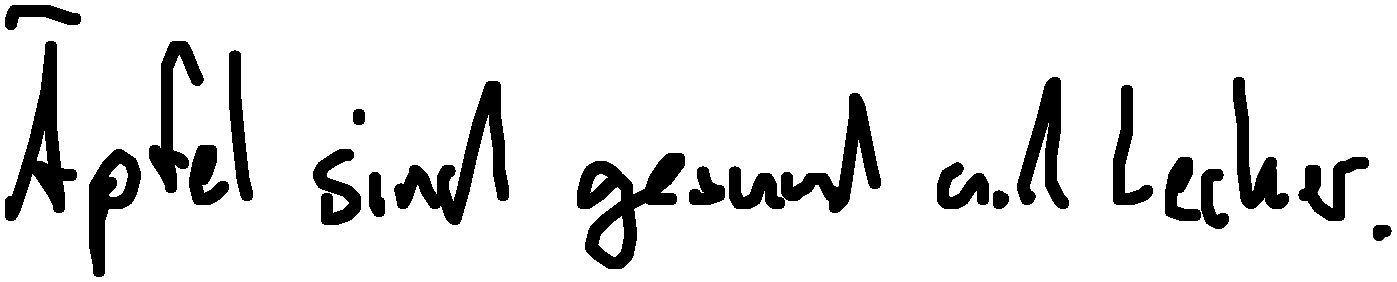
Äpfel sind gesund und lecker.